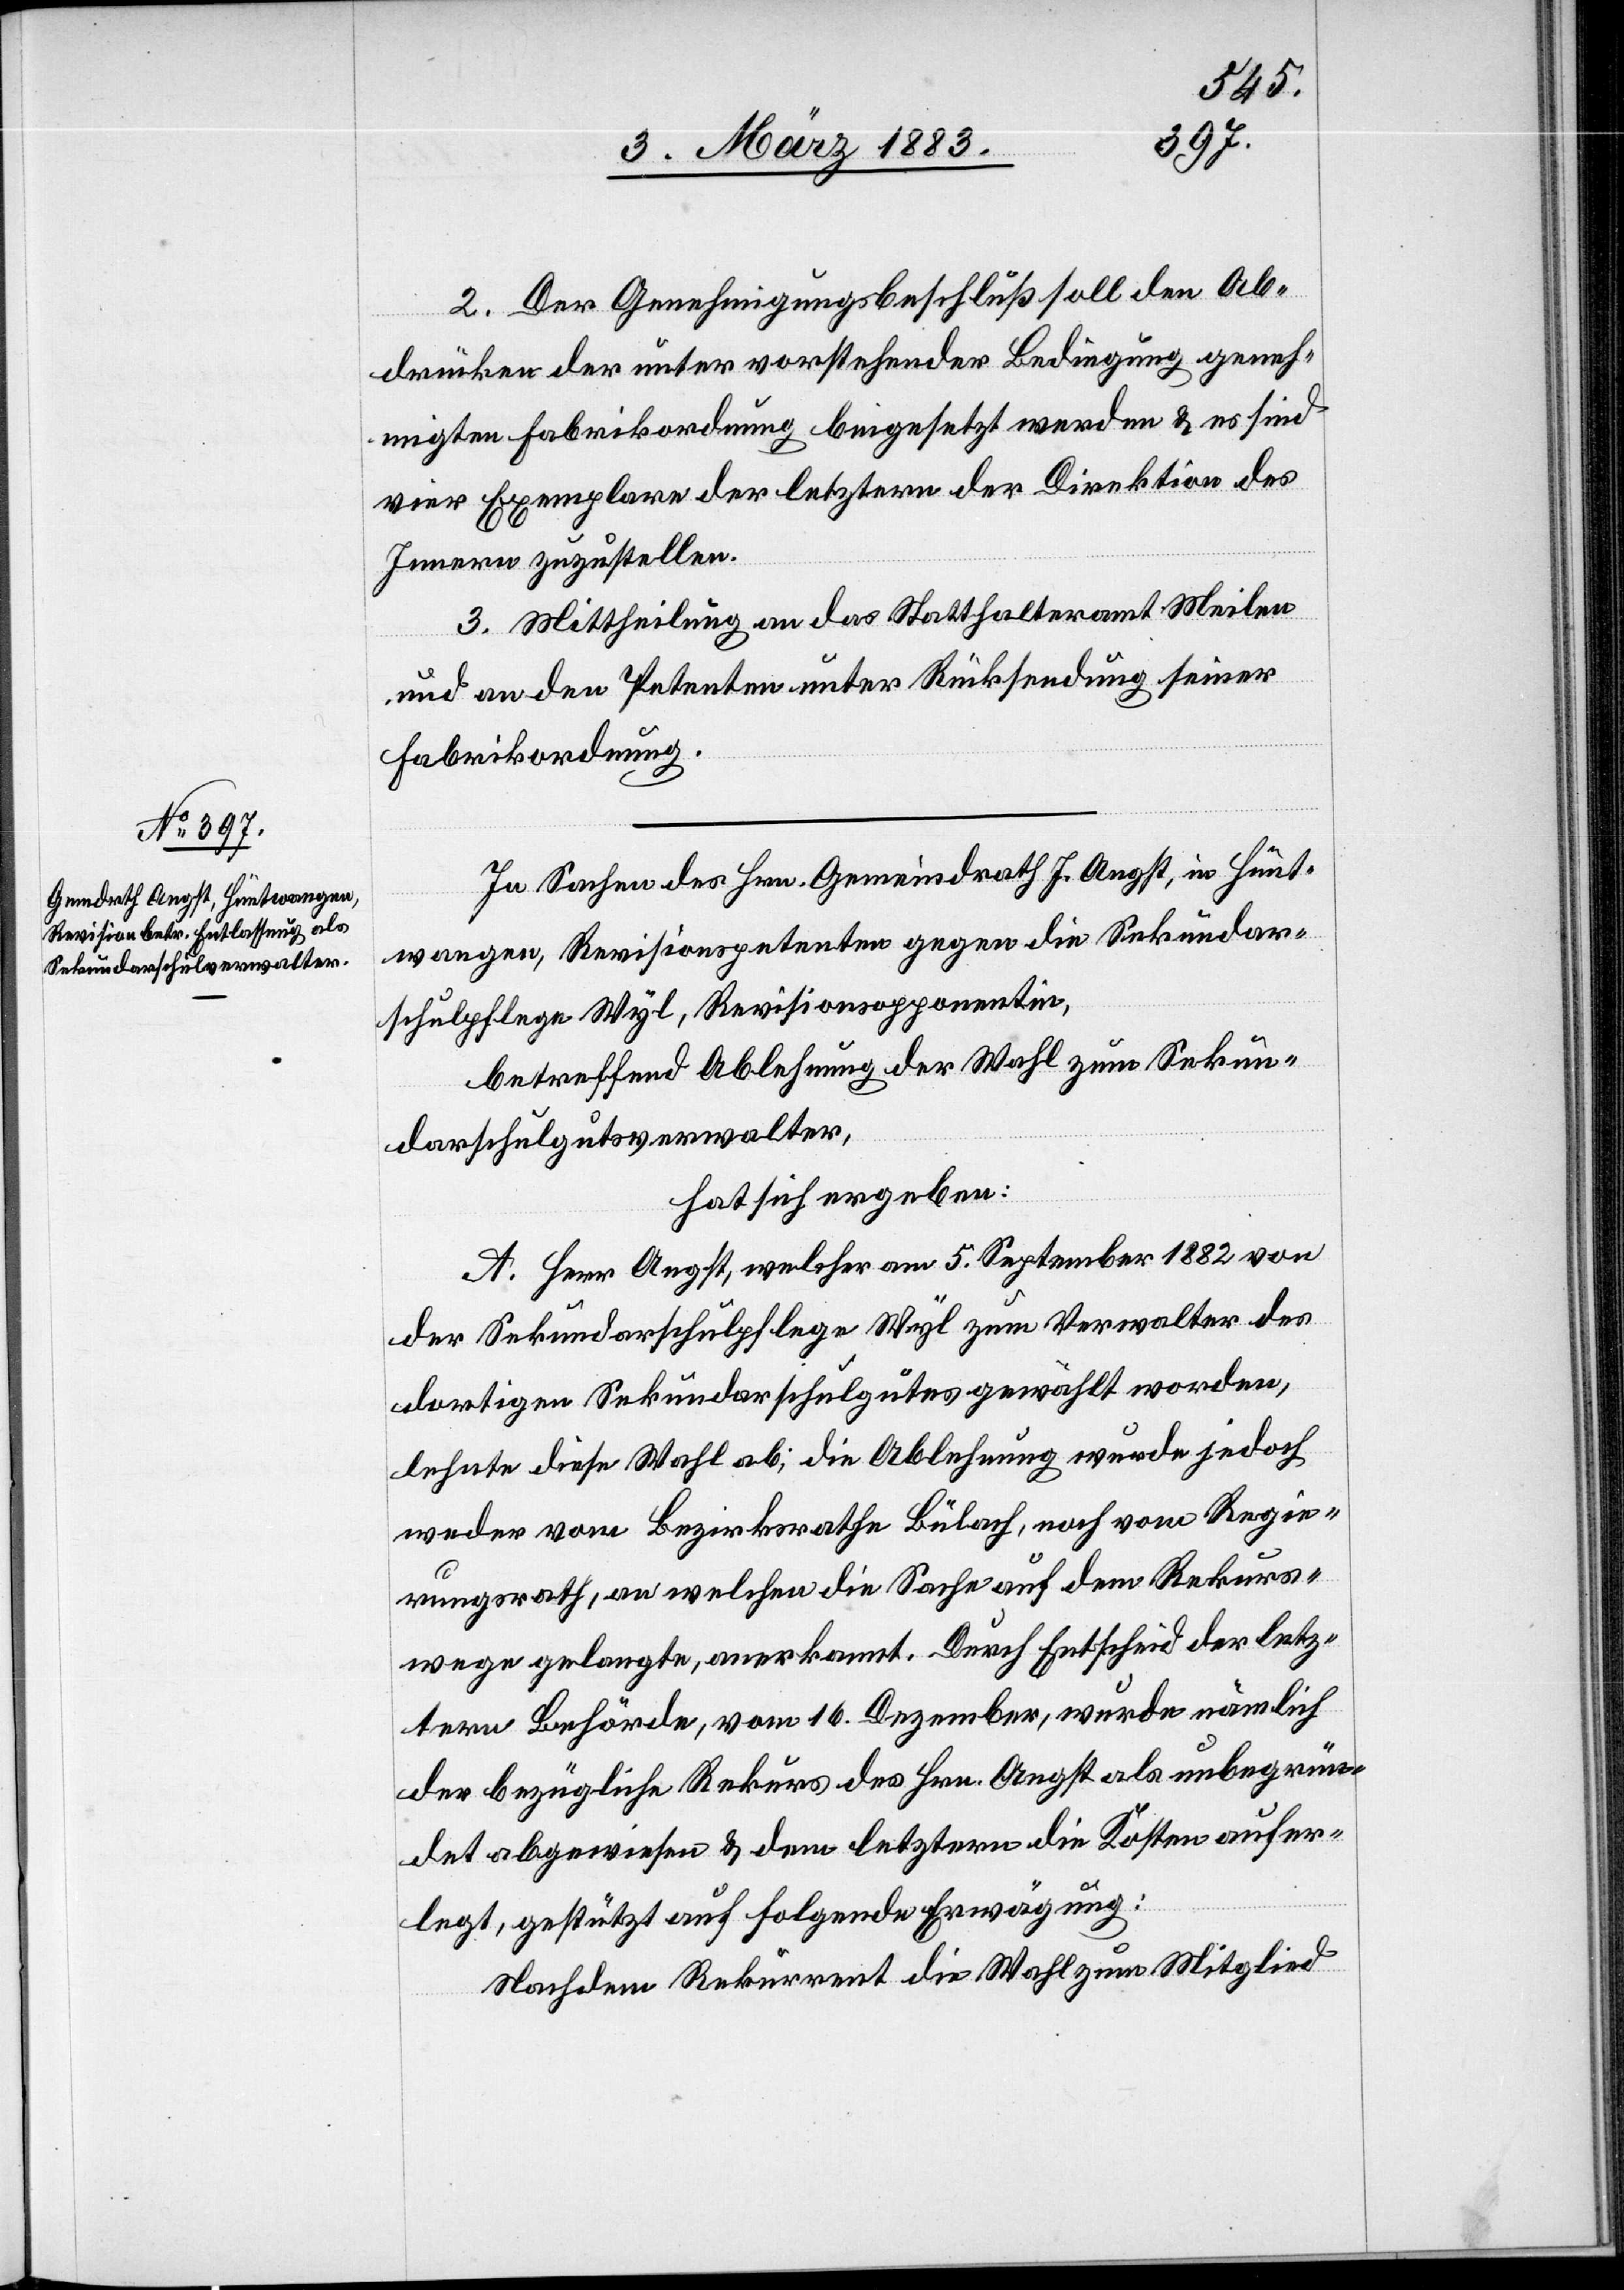
2. Der Genehmigungsbeschluß soll den Ab¬
drücken der unter vorstehender Bedingung geneh¬
migten Fabrikordnung beigesetzt werden und es sind
vier Exemplare der letztern der Direktion des
Innern zuzustellen.
3. Mittheilung an das Statthalteramt Meilen
& an den Petenten unter Rücksendung seiner
Fabrikordnung.
In Sachen des Hrn. Gemeindrath J. Angst, in Hünt¬
wangen, Revisionspetenten gegen die Sekundar¬
schulpflege Wyl, Revisionsopponentin,
betreffend Ablehnung der Wahl zum Sekun¬
darschulgutsverwalter,
hat sich ergeben:
A. Herr Angst, welcher am 5. September 1882 von
der Sekundarschulpflege Wyl zum Verwalter des
dortigen Sekundarschulgutes gewählt worden,
lehnte diese Wahl ab; die Ablehnung wurde jedoch
weder vom Bezirksrathe Bülach, noch vom Regie¬
rungsrath, an welchen die Sache auf dem Rekurs¬
wege gelangte, anerkannt. Durch Entscheid der letz¬
tern Behörde, vom 16. Dezember, wurde nämlich
der bezügliche Rekurs des Hrn. Angst als unbegrün¬
det abgewiesen & dem letztern die Kosten aufer¬
legt, gestützt auf folgende Erwägung:
Nachdem Rekurrent die Wahl zum Mitglied